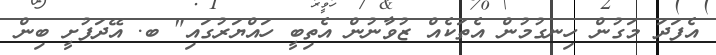
އެފަދަ މަގުން ހިނގުމުން އެތަކެއް ޒުވާނުން އެތިބީ ހައްޔަރުގައި" ބ. އޭދަފުށީ ބިން